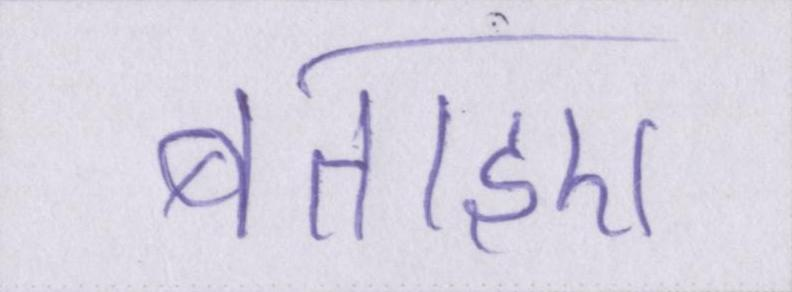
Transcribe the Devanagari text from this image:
बताइए